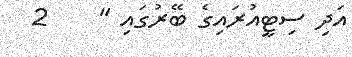
އަދި ސިޓީއުރައިގެ ބޭރުގައި "    2